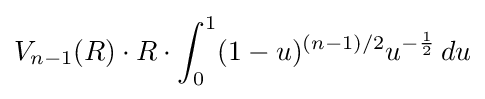
V_{n-1}(R)\cdot R\cdot \int _{0}^{1}(1-u)^{(n-1)/2}u^{-{\frac {1}{2}}}\,du